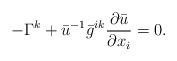
LaTeX: \begin{align*}-\Gamma^k+ \bar u^{-1} \bar g^{ik} \frac{\partial \bar u}{\partial x_i} =0.\end{align*}